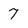
Character: 7